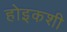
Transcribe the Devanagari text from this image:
होइकशी